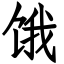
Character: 饿